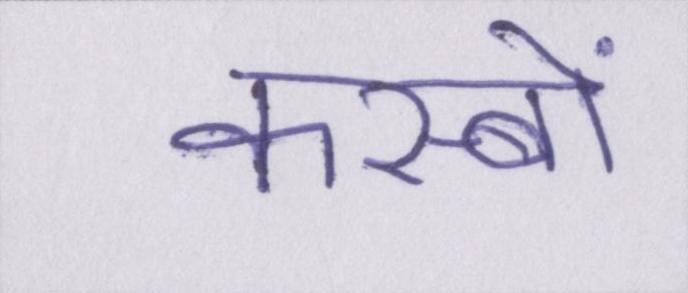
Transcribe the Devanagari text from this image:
कस्बों